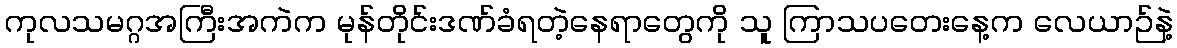
ကုလသမဂ္ဂအကြီးအကဲက မုန်တိုင်းဒဏ်ခံရတဲ့နေရာတွေကို သူ ကြာသပတေးနေ့က လေယာဉ်နဲ့